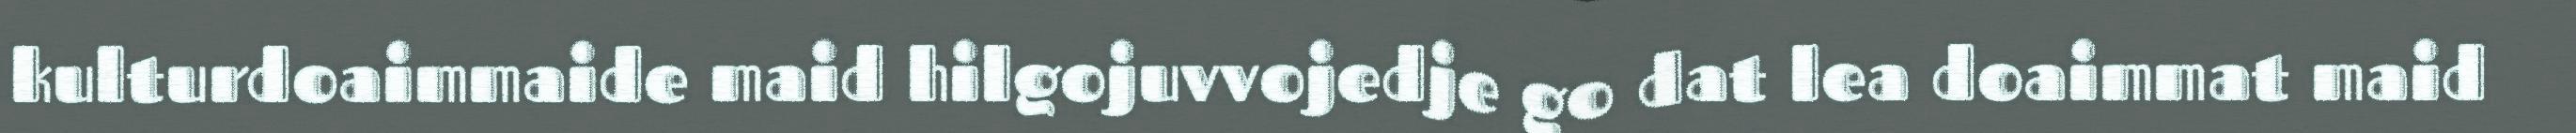
kulturdoaimmaide maid hilgojuvvojedje go dat lea doaimmat maid